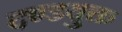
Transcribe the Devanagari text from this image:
दण्डयुक्त